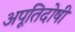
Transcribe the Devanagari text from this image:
अपूतिदोषी